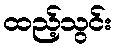
ထည့်သွင်း